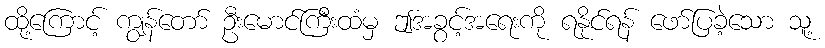
ထို့ကြောင့် ကျွန်တော် ဦးမောင်ကြီးထံမှ ဤအခွင့်အရေးကို ရနိုင်ရန် ဖော်ပြခဲ့သော သူ့